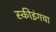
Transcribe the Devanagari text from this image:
स्कीइंगचा